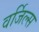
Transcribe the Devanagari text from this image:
वर्जिल्स